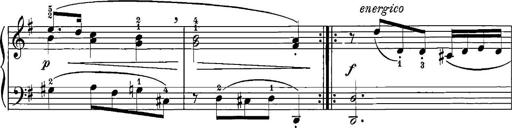
Title: 12 Sonatinas
Composer: Ignaz Pleyel